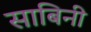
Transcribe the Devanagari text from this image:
साबिनी